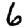
Digit: 6